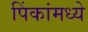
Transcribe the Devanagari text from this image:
पिंकांमध्ये